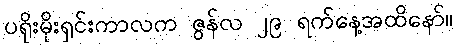
ပရိုးမိုးရှင်းကာလက ဇွန်လ ၂၉ ရက်နေ့အထိနော်။